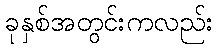
ခုနှစ်အတွင်းကလည်း